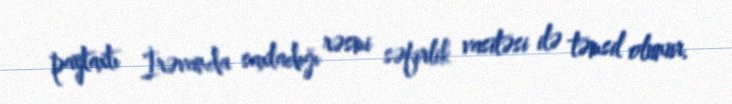
paytaxtı İrəvanda saxladığı rəsmi səfirlik vasitəsi ilə təmsil olunur.